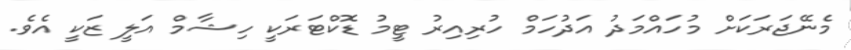
މެނޭޖަރަކަށް މުހައްމަދު އަދުހަމް ހުރިއިރު ޓީމު ޑޮކްޓަރަކީ ހިޝާމް އަލީ ޒަކީ އެވެ.